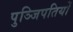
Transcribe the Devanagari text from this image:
पुञ्जिपतियों